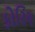
કોરિય